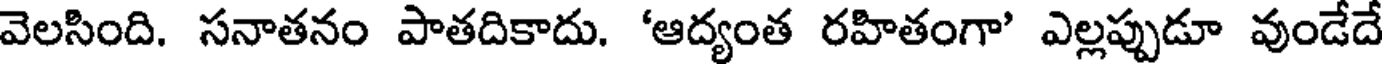
వెలసింది. సనాతనం పాతదికాదు. 'ఆద్యంత రహితంగా' ఎల్లప్పుడూ వుండేదే